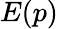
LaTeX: E(p)